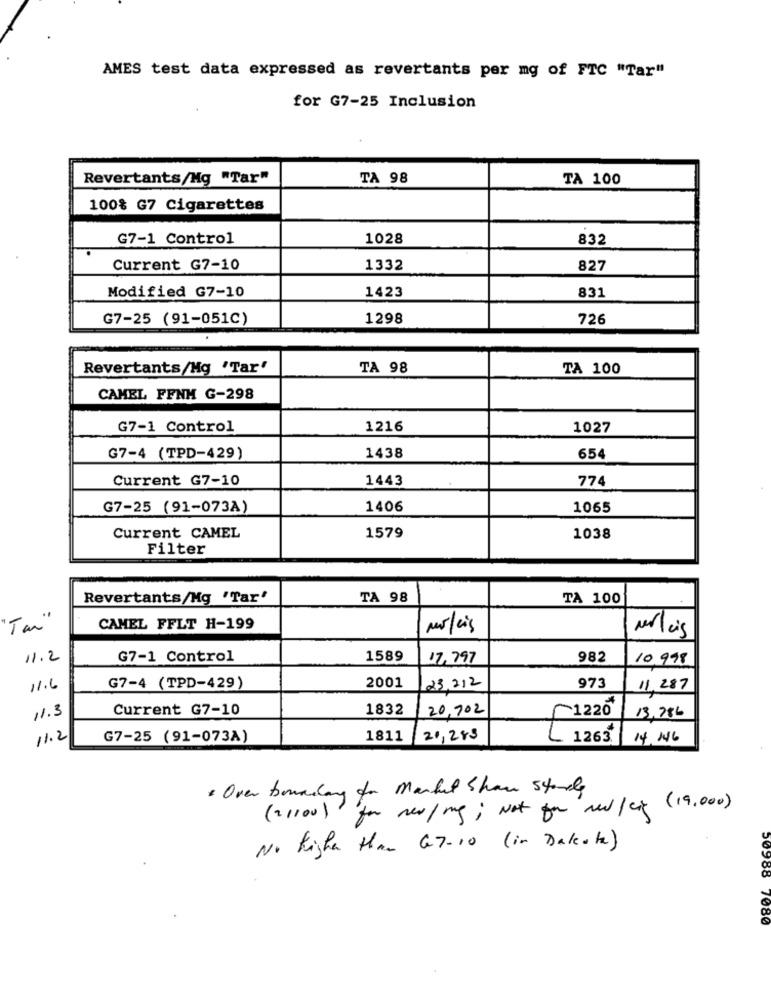
AMES test data expressed as revertants per mg of FTC "Tar"
for G7-25 Inclusion
Revertants/Mg "Tar"
TA 98
TA 100
100% G7 Cigarettes
G7-1 Control
1028
832
Current G7-10
1332
827
Modified G7-10
831
1423
G7-25 (91-051C)
1298
726
Revertants/Mg 'Tar'
TA 98
TA 100
CAMEL FFNM G-298
G7-1 Control
1216
1027
G7-4 (TPD-429)
1438
654
Current G7-10
1443
774
G7-25 (91-073A)
1406
1065
1579
Current CAMEL
1038
Filter
Revertants/Mg 'Tar'
TA 98
TA 100
CAMEL FFLT H-199
Mr/cis
Mrlais
11.2
G7-1 Control
1589
17,797
982
10 998
2001
11.6
G7-4 (TPD-429)
23,212
973
11,287
11.3
Current G7-10
1832
20,902
₾1220"
13,786
11.2
G7-25 (91-073A)
1811
20,285
1263
14,146
· Over boundary for Market Shaw stads
(2/100) for new/mg; Not for med/ci (19.000)
No Kighar Han 67-10 (in Dakota)
50988 7080